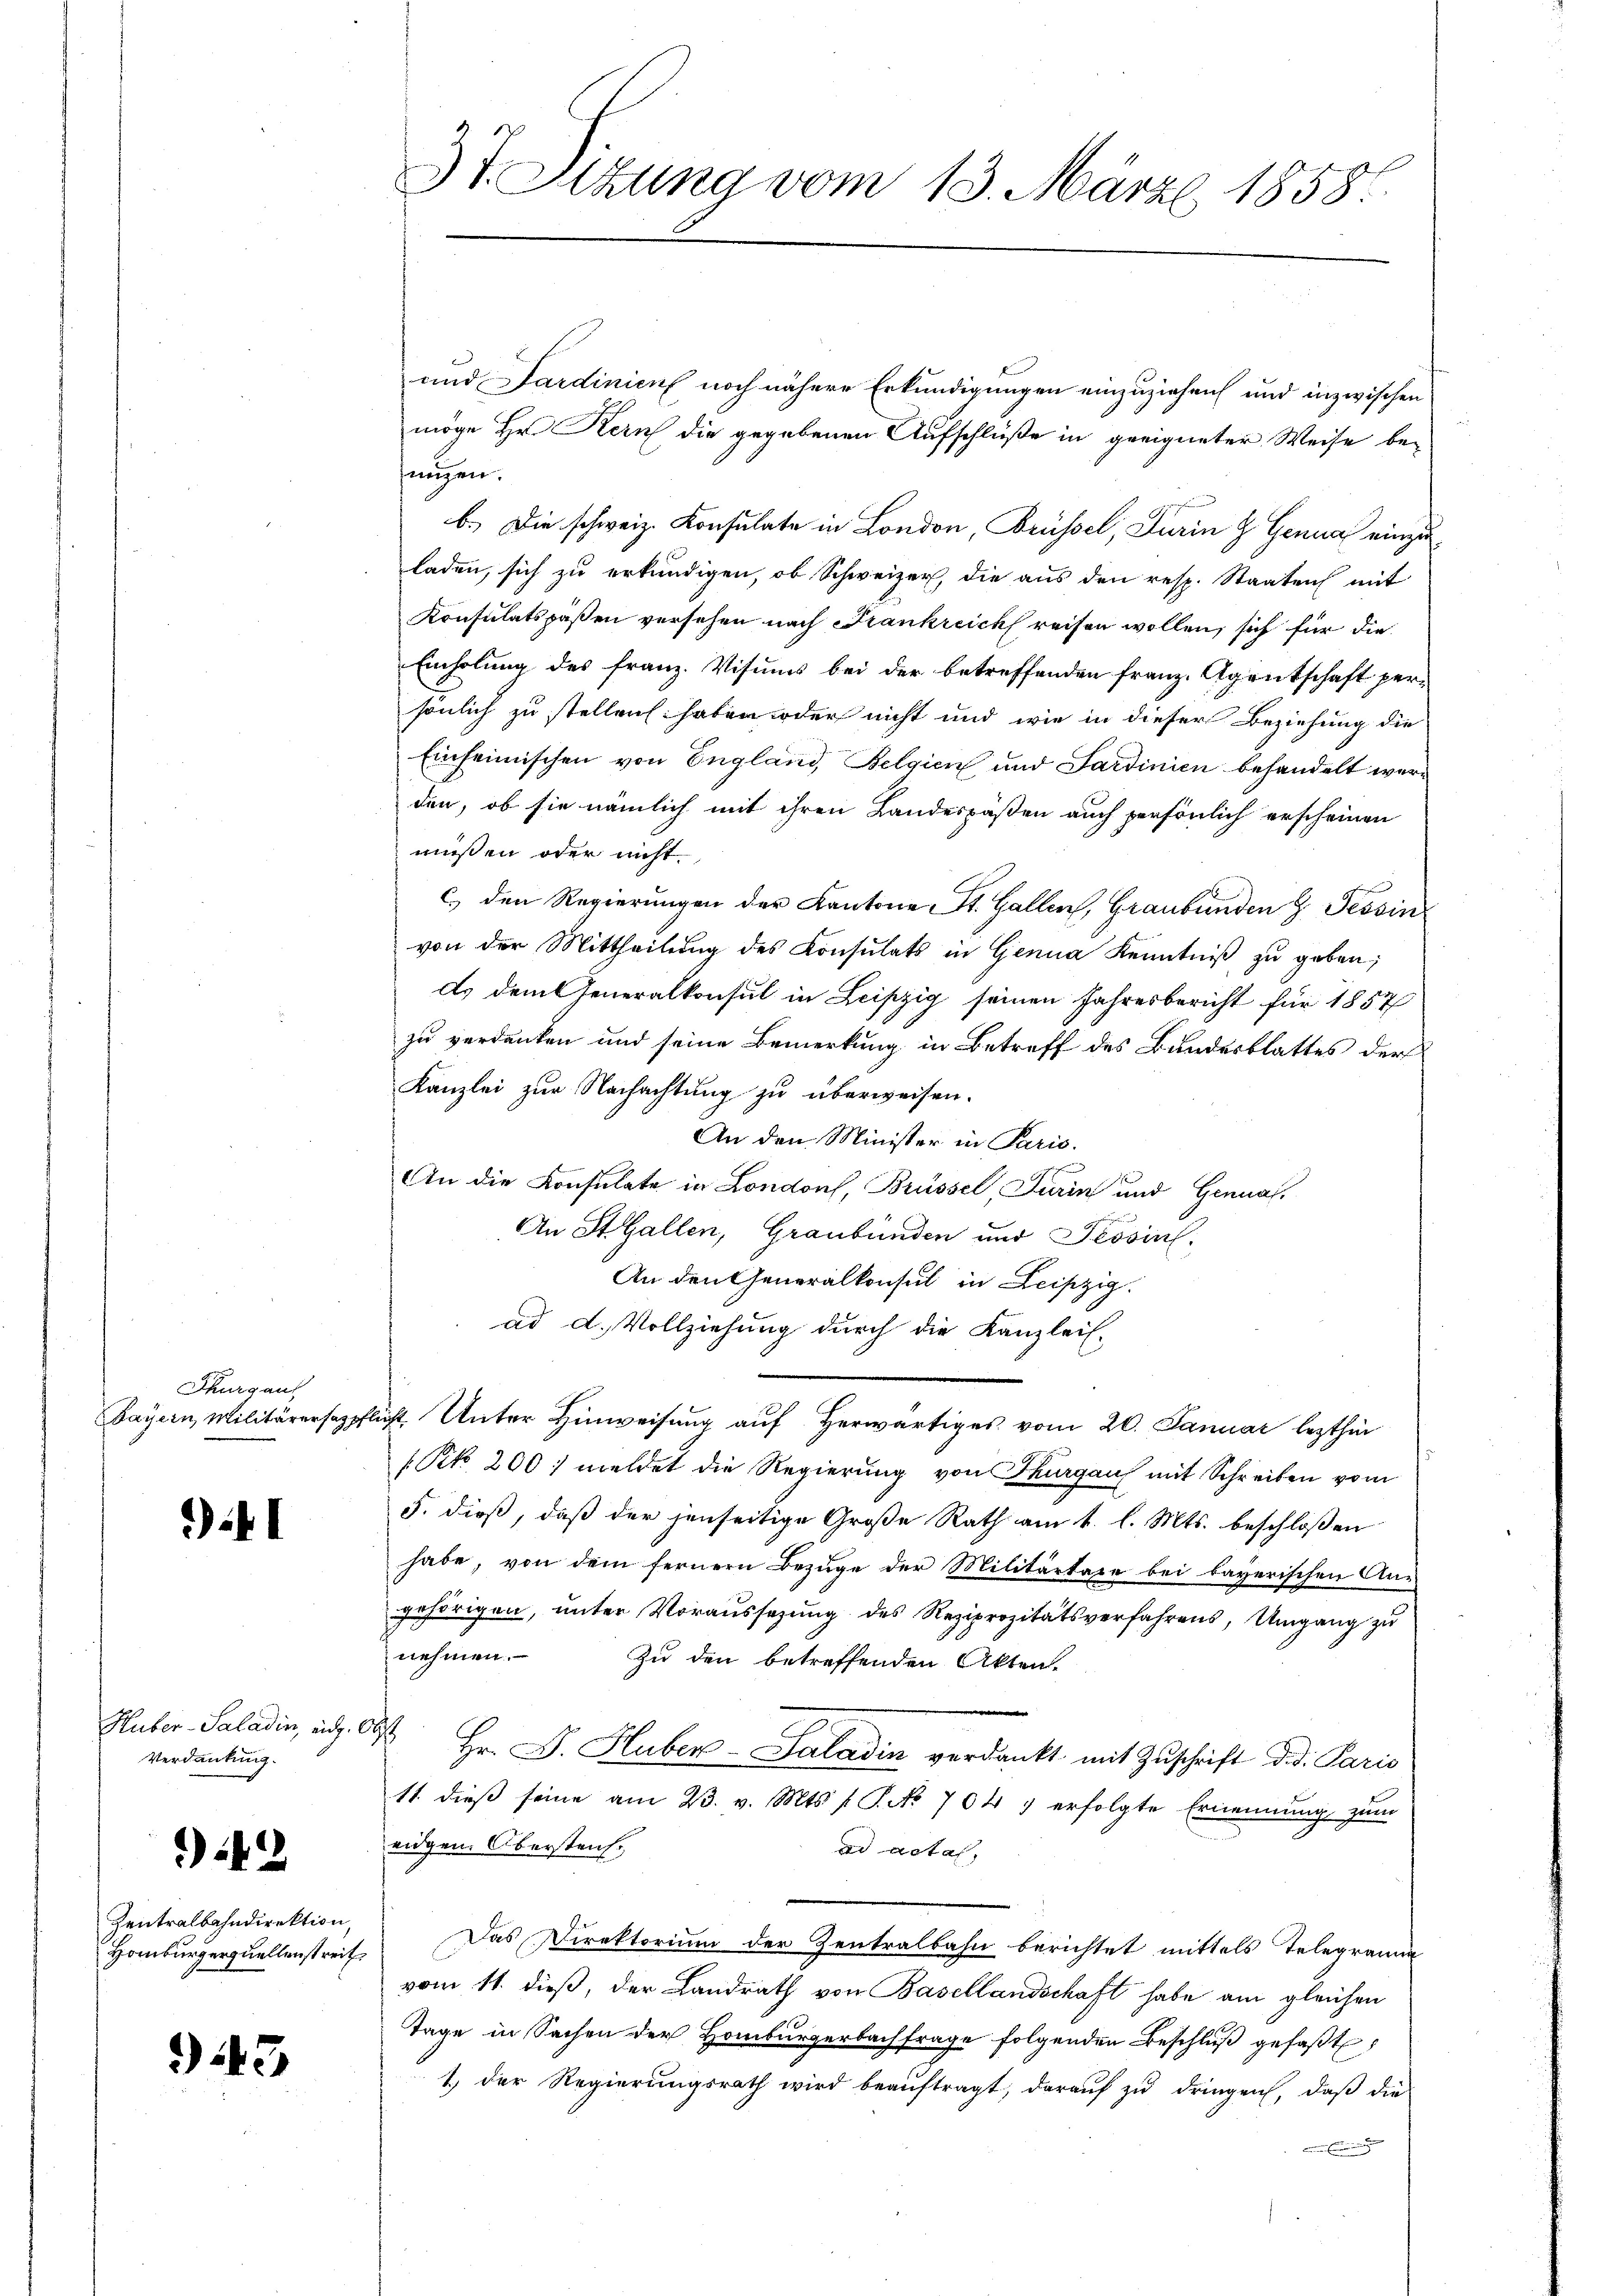
Thurgaus
Bayern Militärersatzpfli

if I

Huber-Saladin, eidg. G
Verdankung.

.

2

Zentralbahndirektion,
Homburgerquellenstreit

943

3t. Sitzung vom 13. März 1858.

und Sardinien noch nähere Erkundigungen einzuziehen und inzwischen
möge Hr. Kern die gegebenen Aufschlüße in geeigneter Weise be-
nügen.
b.) Die schweiz. Konsulate in London, Brüssel, Turin & Genua einzuladen, sich zu erkundigen, ob Schweizer, die aus den resp. Staaten mit
Konsulatspaßen versehen nach Frankreich reisen wollen, sich für die
Einholung des Franz. Visums bei der betreffenden Franz. Agentschaft persönlich zu stellen haben oder nicht und wie in dieser Beziehung die
Einheimischen von England, Belgien und Sardinien behandelt werden, ob sie nämlich mit ihren Landespaßen auch persönlich erscheinen
müßen oder nicht
c.) den Regierungen der Kantone St. Gallen, Graubünden z. Tessin
von der Mittheilŭng des Konsulats in Genua Kenntniβ zŭ geben;
A. dem Generalkonsul in Leipzig seinen Jahresbericht für 1857
zu verdanken und seine Bemerkung in Betreff des Bundesblattes der
Kanzlei zur Nachachtung zu überweisen.
An den Minister in Paris.
An die Konsulate in London, Brüssel Turin und Genual¬
An St. Gallen, Graubünden und Tessin,
An den Generalkonsul in Leipzig.
ad d. Vollziehung durch die Kanzlei-
icht. Unter Hinweisung auf Herwärtiges vom 20. Januar lezthin
Pik. 200 meldet die Regierung von Thurgau mit Schreiben vom
5. dieß, daß der jenseitige Große Rath am 1. l. Mts. beschloßen
habe, von dem fernern Bezuge der Militärtaxe bei bayerischen An-
gehörigen, unter Voraussetzung des Reziprozitätsverfahrens, Umgang zu
nehmen.
Zu den betreffenden Akten.
½ Hr. J. Huber-Saladin verdankt mit Zŭschrift did. Paris
11. dieß seine am 23. v. Mts. f. P. No. 704 1 erfolgte Ernennung zum
eidgen. Überstrich.
ad acta,
Das Direktorium der Zentralbahn berichtet mittels Telegrama
vom 11. dieß, der Landrath von Basellandschaft habe am gleichen
Tage in Sachen der Homburgerbachfrage folgenden Beschluß gefaßt
1.) Der Regierungsrath wird beauftragt, darauf zu dringen, daß die
inen eine